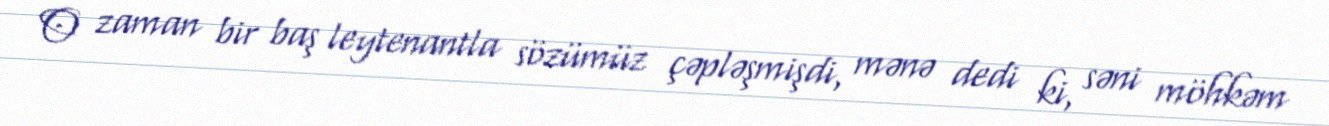
O zaman bir baş leytenantla sözümüz çəpləşmişdi, mənə dedi ki, səni möhkəm